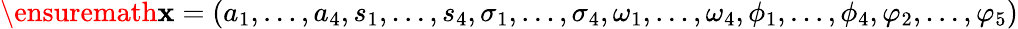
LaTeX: \ensuremath{\mathbf{x}}=(a_{1},\dots,a_{4},s_{1},\dots,s_{4},\sigma_{1},\dots,\sigma_{4},\omega_{1},\dots,\omega_{4},\phi_{1},\dots,\phi_{4},\varphi_{2},\dots,\varphi_{5})